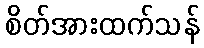
စိတ်အားထက်သန်